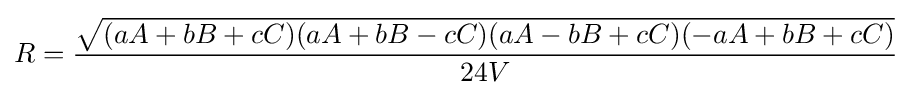
R={\frac {\sqrt {(aA+bB+cC)(aA+bB-cC)(aA-bB+cC)(-aA+bB+cC)}}{24V}}